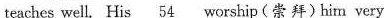
teaches well. His \underline{54} worship(崇 拜)hita very